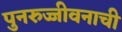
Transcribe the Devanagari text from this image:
पुनरुज्जीवनाची